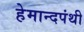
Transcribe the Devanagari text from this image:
हेमान्दपंथी